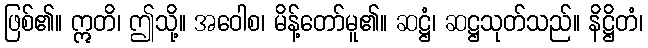
ဖြစ်၏။ ဣတိ၊ ဤသို့။ အဝေါစ၊ မိန့်တော်မူ၏။ ဆဋ္ဌံ၊ ဆဋ္ဌသုတ်သည်။ နိဋ္ဌိတံ၊